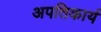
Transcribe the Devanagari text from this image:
अपतिकार्य